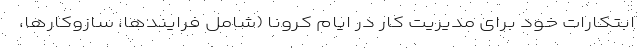
ابتکارات خود برای مدیریت کار در ایام کرونا (شامل فرایندها، سازوکارها،